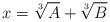
LaTeX: \begin{align*}x=\sqrt[3]{A}+\sqrt[3]{B}\end{align*}